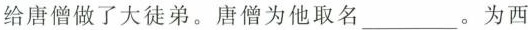
给唐僧做了大徒弟。唐僧为他取名___。为西